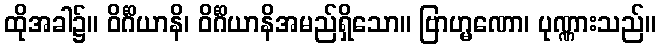
ထိုအခါ၌။ ဝိင်္ဂိယာနိ၊ ဝိင်္ဂိယာနိအမည်ရှိသော။ ဗြာဟ္မဏော၊ ပုဏ္ဏားသည်။